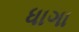
ધાગા